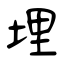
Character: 埋